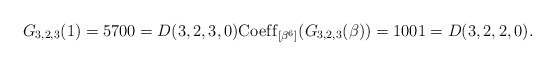
\begin{gather*} G_{3,2,3}(1)=5700=D(3,2,3,0) {\rm Coef\/f}_{[\beta^{6}]}(G_{3,2,3}(\beta))= 1001= D(3,2,2,0).\end{gather*}